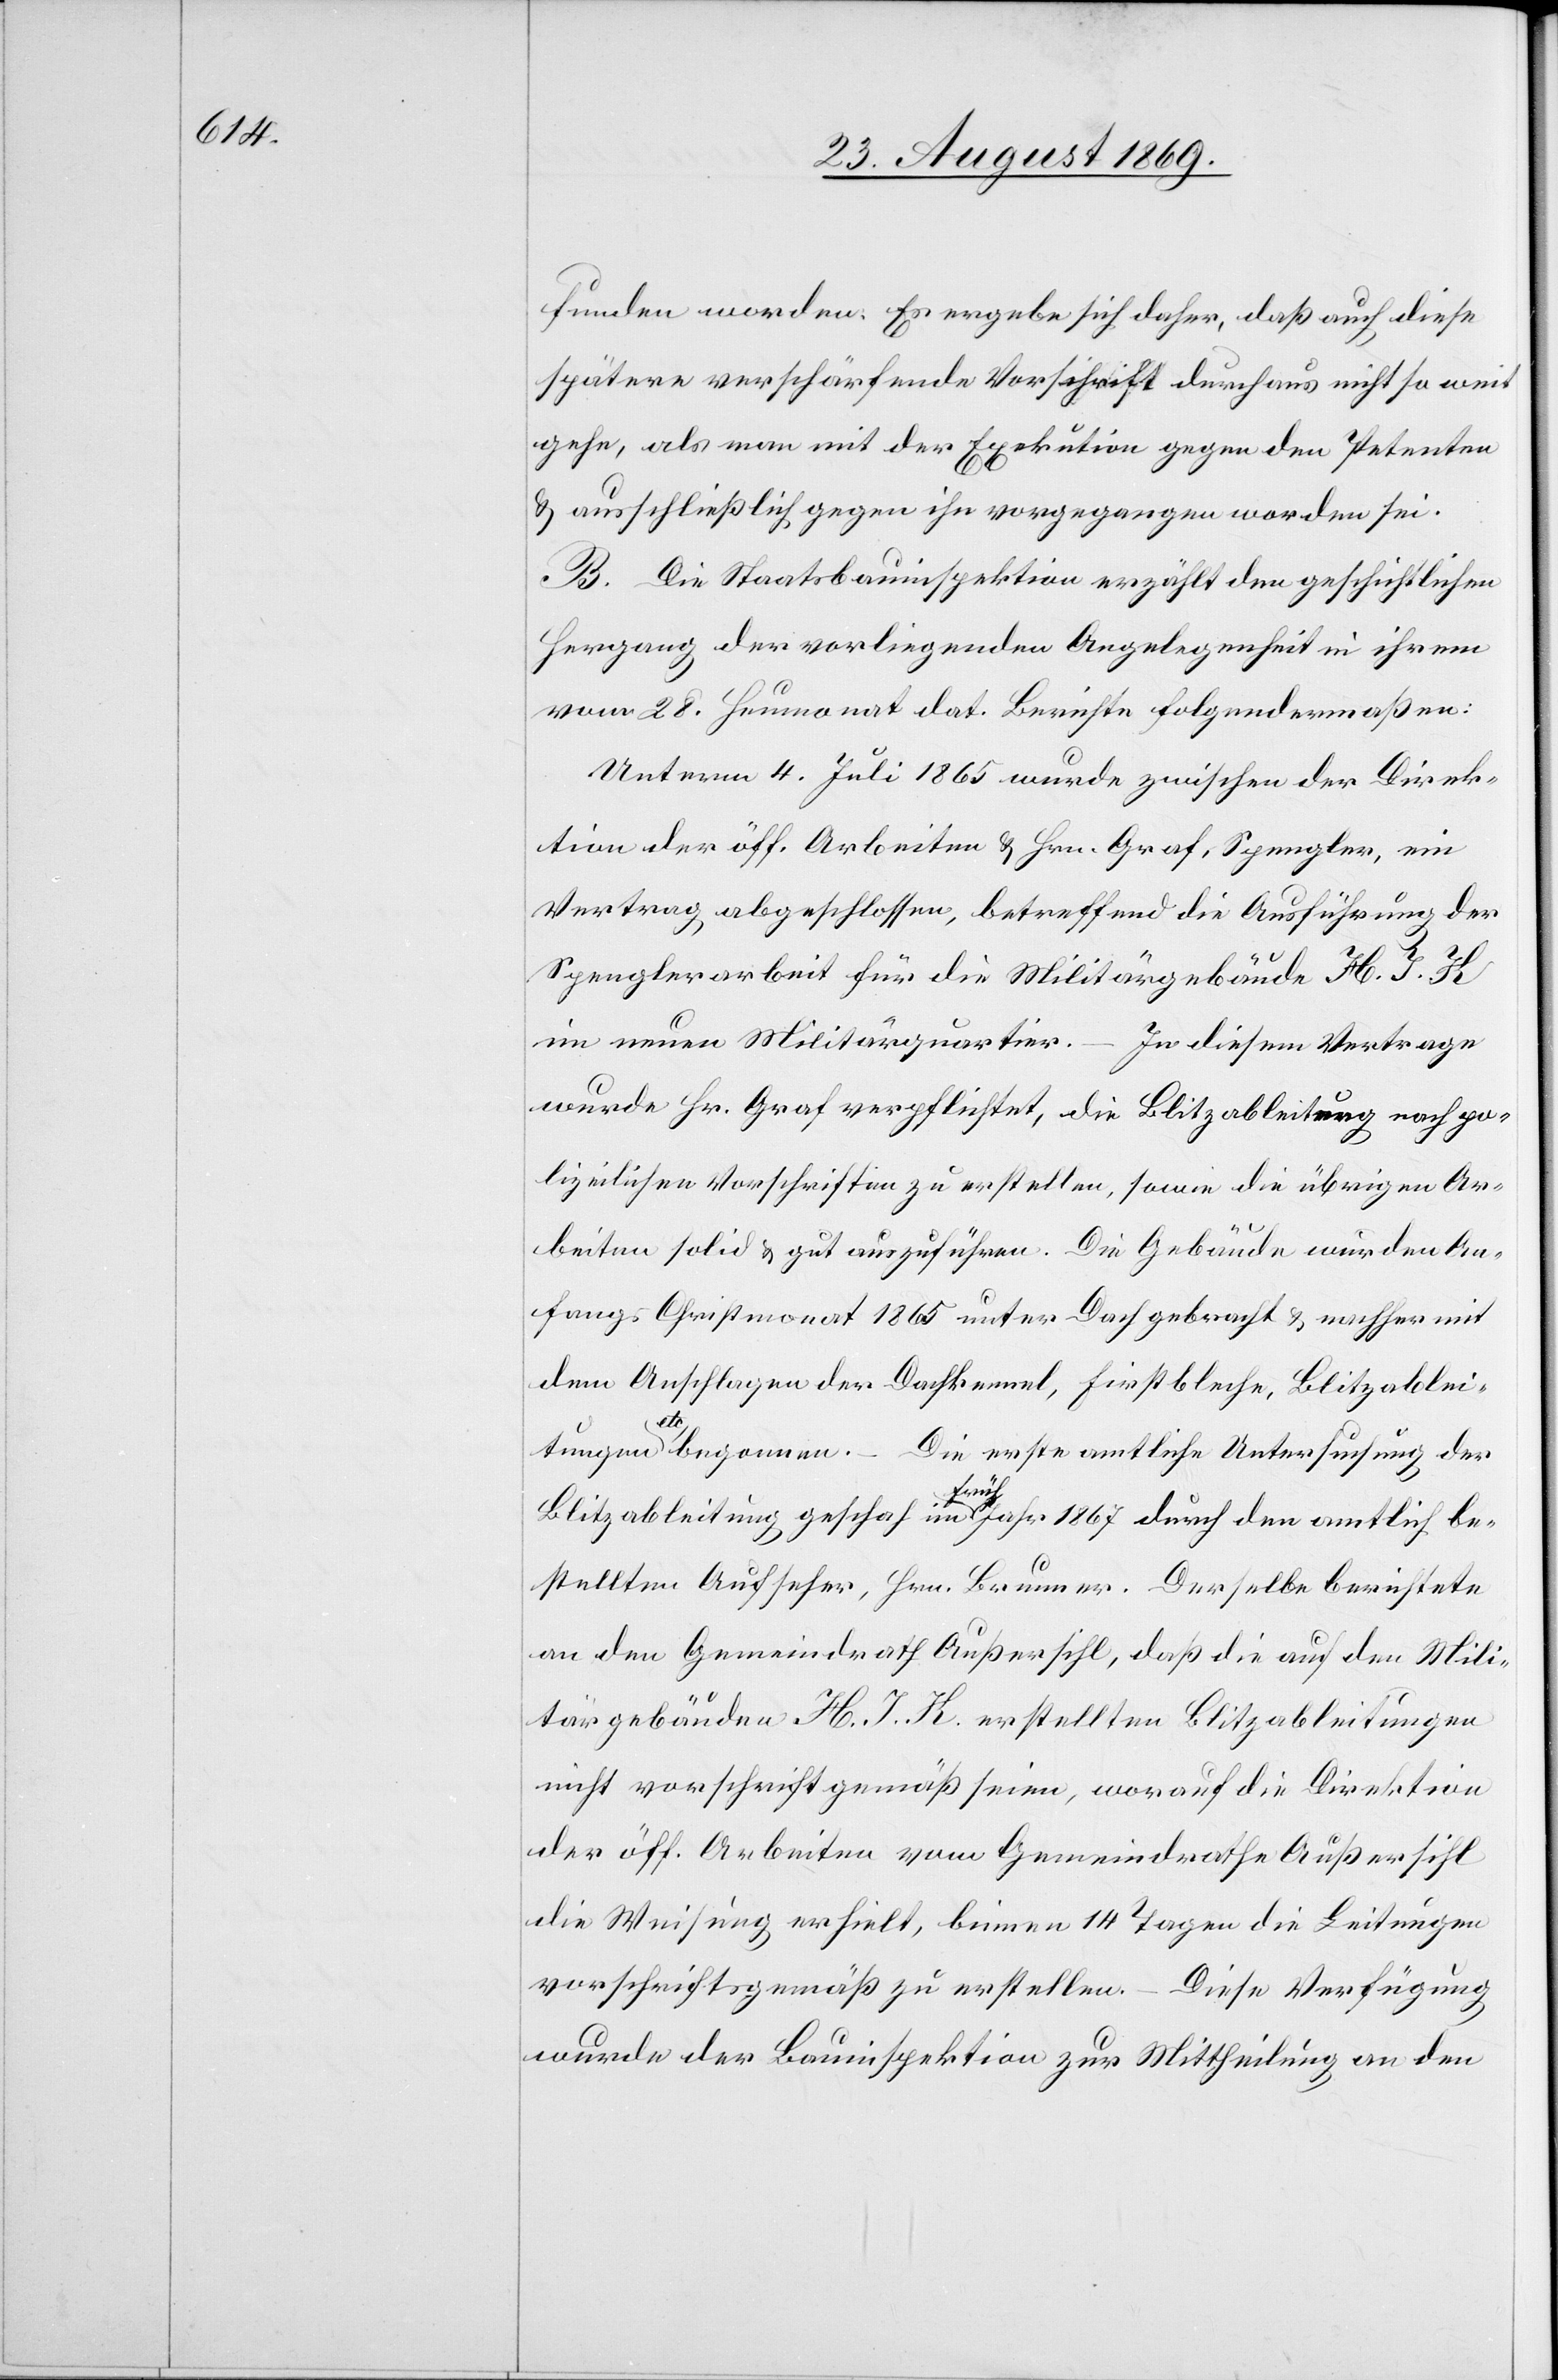
funden worden. Es ergebe sich daher, daß auch diese
spätere verschärfende Vorschrift durchaus nicht so weit
gehe, als man mit der Exekution gegen den Petenten
& ausschließlich gegen ihn vorgegangen worden sei.
B. Die Staatsbauinspektion erzählt den geschichtlichen
Hergang der vorliegenden Angelegenheit in ihrem
vom 28. Heumonat dat. Berichte folgendermaßen:
Unterm 4. Juli 1865 wurde zwischen der Direk¬
tion der öff. Arbeiten & Hrn. Graf, Spengler, ein
Vertrag abgeschlossen, betreffend die Ausführung der
Spenglerarbeit für die Militärgebäude H. J. K
im neuen Militärquartier. – In diesem Vertrage
wurde Hr. Graf verpflichtet, die Blitzableitung nach po¬
lizeilichen Vorschriften zu erstellen, sowie die übrigen Ar¬
beiten solid & gut auszuführen. Die Gebäude wurden An¬
fangs Christmonat 1865 unter Dach gebracht & nachher mit
dem Anschlagen der Dachkennel, Firstbleche, Blitzablei¬
tungen etc begonnen. – Die erste amtliche Untersuchung der
Blitzableitung geschah im Frühjahr 1867 durch den amtlich be¬
stellten Aufseher, Hrn. Brunner. Derselbe berichtete
an den Gemeindrath Außersihl, daß die auf dem Mili¬
tärgebäude H. J. K. erstellten Blitzableitungen
nicht vorschriftgemäß seien, worauf die Direktion
der öff. Arbeiten vom Gemeindrathe Außersihl
die Weisung erhielt, binnen 14 Tagen die Leitungen
vorschriftsgemäß zu erstellen. – Diese Verfügung
wurde der Bauinspektion zur Mittheilung an den